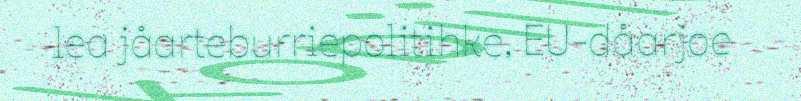
lea jåarteburriepolitihke, EU-dåarjoe